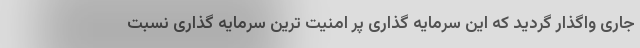
جاری واگذار گردید که این سرمایه گذاری پر امنیت ترین سرمایه گذاری نسبت